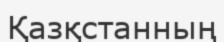
Қазқстанның